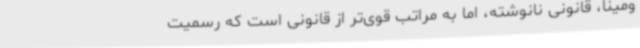
ومینا، قانونی نانوشته، اما به مراتب قوی‌تر از قانونی است که رسمیت